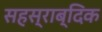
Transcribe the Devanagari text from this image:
सहस्राब्दिक